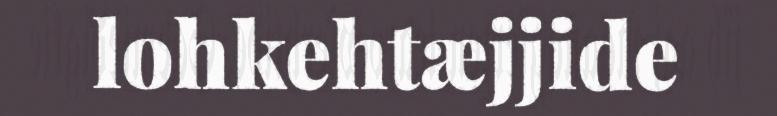
lohkehtæjjide